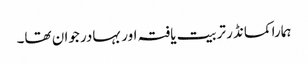
ہمارا کمانڈر تربیت یافتہ اور بہادر جوان تھا۔